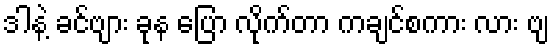
ဒါနဲ့ ခင်ဗျား ခုန ပြော လိုက်တာ ကချင်စကား လား ဗျ